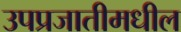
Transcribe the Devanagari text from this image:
उपप्रजातीमधील